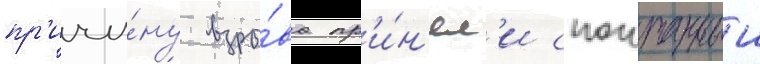
пр'ичи́ну взры́ва пр'и́н'ял'и спонтанныи